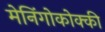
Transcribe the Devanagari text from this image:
मेनिंगोकोक्की